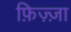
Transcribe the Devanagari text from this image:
फ़िज़्ज़ा